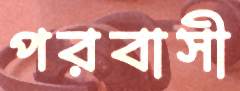
পরবাসী